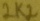
Text: 2K2